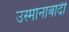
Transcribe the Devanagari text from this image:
उस्मानाबादी